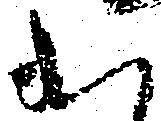
出